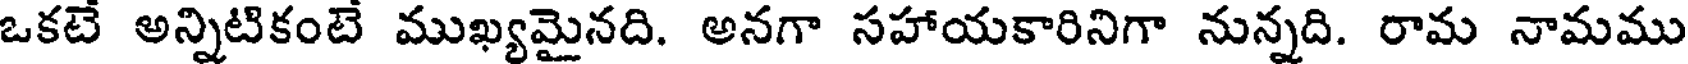
ఒకటే అన్నిటికంటే ముఖ్యమైనది. అనగా సహాయకారినిగా నున్నది. రామ నామము